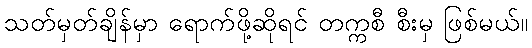
သတ်မှတ်ချိန်မှာ ရောက်ဖို့ဆိုရင် တက္ကစီ စီးမှ ဖြစ်မယ်။